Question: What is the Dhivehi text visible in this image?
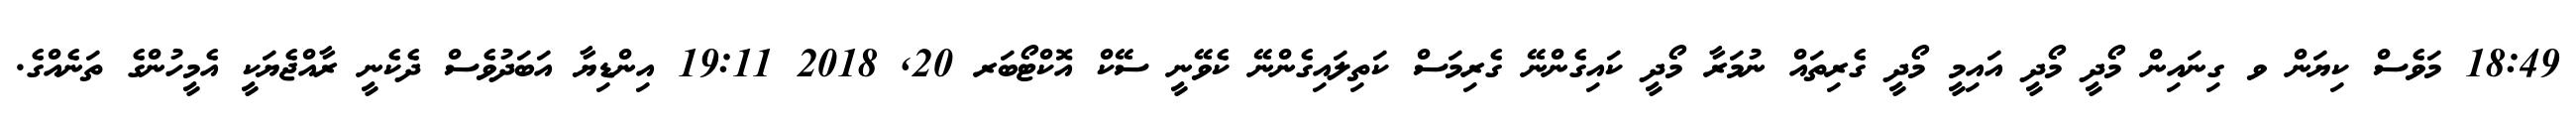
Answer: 18:49 މަވެސް ކިޔަން ވ ގިނައިން މޯދީ މޯދީ އައިމީ މޯދީ ގެރިތައް ނުމަރާ މޯދީ ކައިގެންނޭ ގެރިމަސް ކަތިލައިގެންނޭ ކެވޭނީ ސޭކް އޮކްޓޯބަރ 20, 2018 19:11 އިންޑިޔާ އަބަދުވެސް ދެކެނީ ރާއްޖެޔަކީ އެމީހުންގެ ތަނެއްގެ.